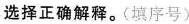
选择正确解释。(填序号)